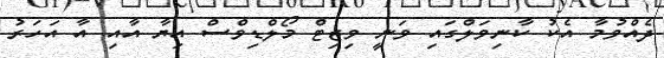
ދެއްވުމާ އެކު ކާނިވަލްގައި ވަނީ ވިޒިޓް މޯލްޑިވްސް އިޔާ އާއި އާ އަހަރު